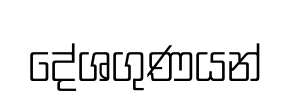
දේශගුණයන්